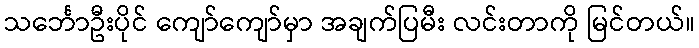
သင်္ဘောဦးပိုင် ကျော်ကျော်မှာ အချက်ပြမီး လင်းတာကို မြင်တယ်။